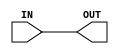
module non_inverting_buffer (
    input wire IN,
    output wire OUT
);

assign OUT = IN;

endmodule